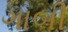
ગાબી